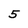
Character: 5